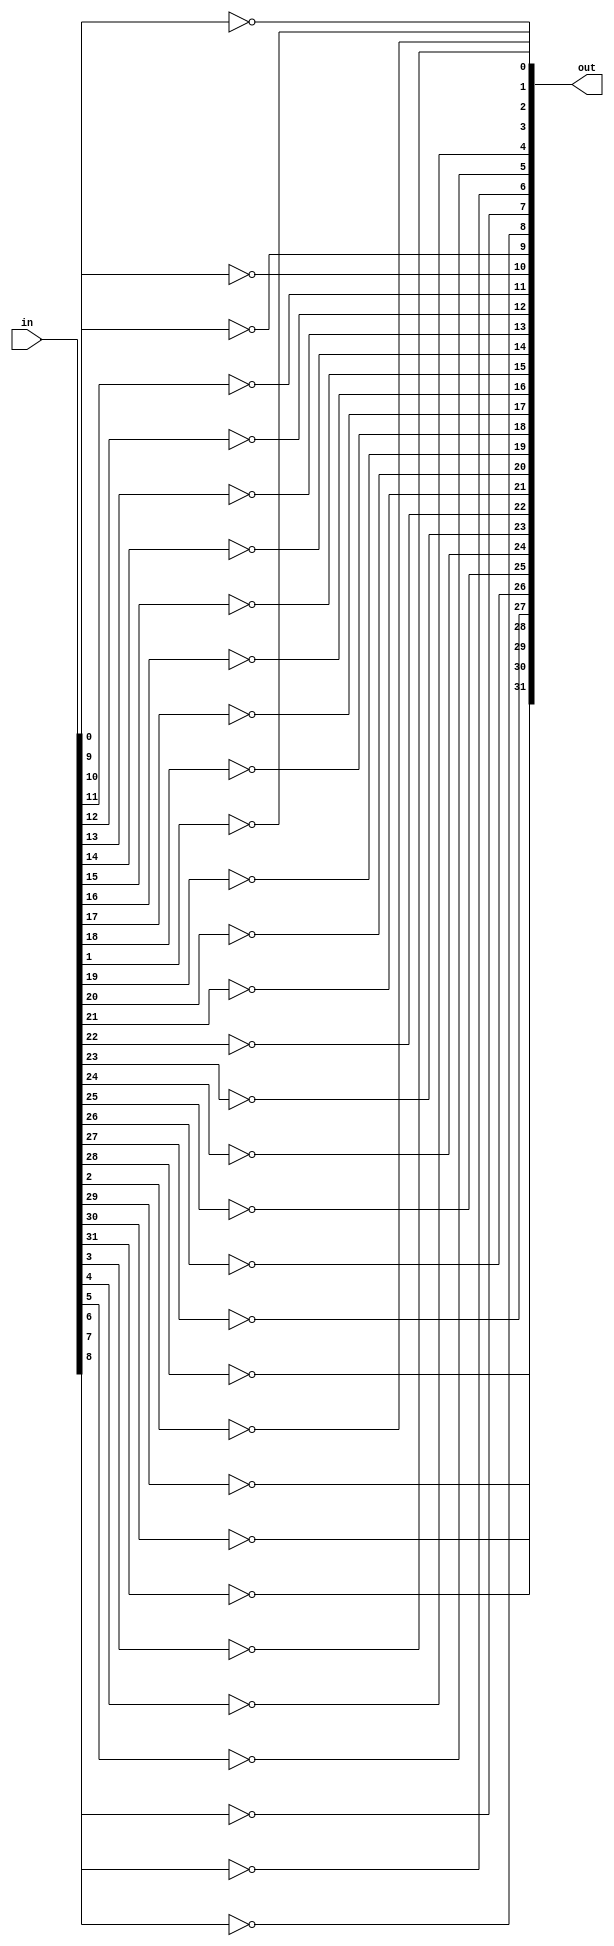
module not32(out, in);

	input [31:0] in;
	output [31:0] out;
	
	genvar c;
	generate
		for(c=0; c<32;c=c+1) begin: loop
			not not1(out[c], in[c]);
		end
	endgenerate

endmodule